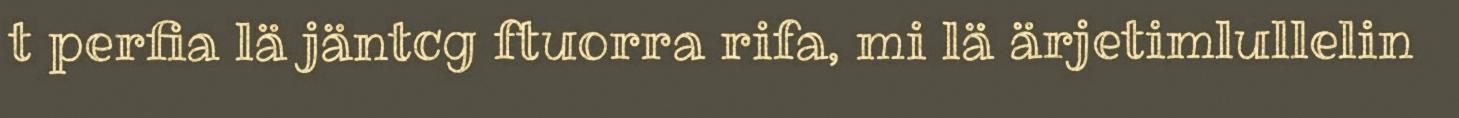
t perfia lä jäntcg ftuorra rifa, mi lä ärjetimlullelin